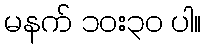
မနက် ၁၀း၃၀ ပါ။